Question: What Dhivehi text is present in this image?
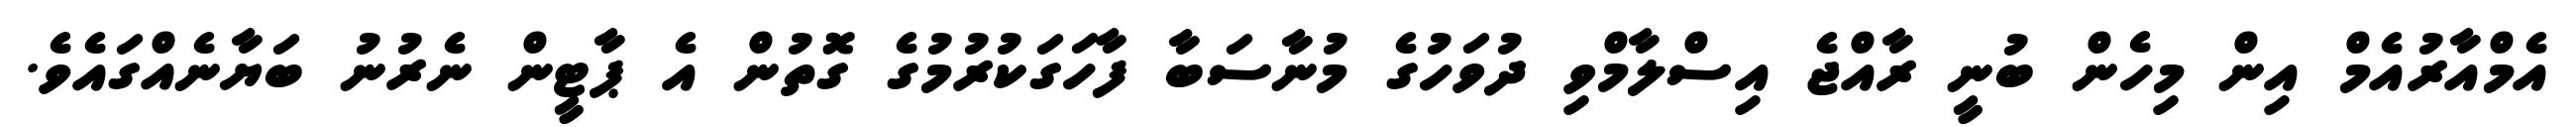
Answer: އެމްއާރުއެމް އިން މިހެން ބުނީ ރާއްޖެ އިސްލާމްވި ދުވަހުގެ މުނާސަބާ ފާހަގަކުރުމުގެ ގޮތުން އެ ޕާޓީން ނެރުނު ބަޔާނެއްގައެވެ.